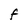
Character: F